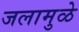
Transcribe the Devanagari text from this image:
जलामुळे